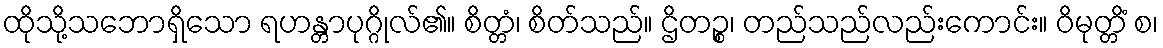
ထိုသို့သဘောရှိသော ရဟန္တာပုဂ္ဂိုလ်၏။ စိတ္တံ၊ စိတ်သည်။ ဌိတဉ္စ၊ တည်သည်လည်းကောင်း။ ဝိမုတ္တိံ စ၊